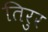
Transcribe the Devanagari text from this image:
तिरुर